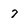
Character: 7